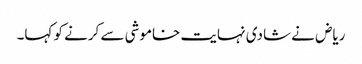
ریاض نے شادی نہایت خاموشی سے کرنے کو کہا۔